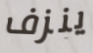
ينزف